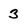
Character: 3